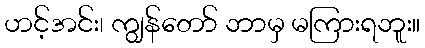
ဟင့်အင်း၊ ကျွန်တော် ဘာမှ မကြားရဘူး။